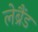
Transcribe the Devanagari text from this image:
लेब्रैंड